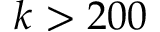
k > 2 0 0